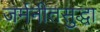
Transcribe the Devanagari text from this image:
जर्मनीतसुद्धा